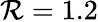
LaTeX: \mathcal{R}=1.2